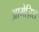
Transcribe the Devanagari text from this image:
आमेज़िश